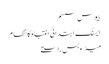
بیوس سسٹم
ایسنگ ابتدائی انتباہ کا نظام
میٹروبس راستے